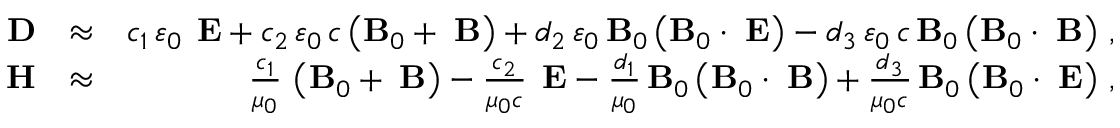
\begin{array} { r l r } { { \bf D } } & { \approx } & { c _ { 1 } \, \varepsilon _ { 0 } \, { \bf \delta E } + c _ { 2 } \, \varepsilon _ { 0 } \, c \left( { \bf B } _ { 0 } + { \bf \delta B } \right) + d _ { 2 } \, \varepsilon _ { 0 } \, { \bf B } _ { 0 } \left( { \bf B } _ { 0 } \cdot { \bf \delta E } \right) - d _ { 3 } \, \varepsilon _ { 0 } \, c \, { \bf B } _ { 0 } \left( { \bf B } _ { 0 } \cdot { \bf \delta B } \right) \, , } \\ { { \bf H } } & { \approx } & { \frac { c _ { 1 } } { \mu _ { 0 } } \, \left( { \bf B } _ { 0 } + { \bf \delta B } \right) - \frac { c _ { 2 } } { \mu _ { 0 } c } \, { \bf \delta E } - \frac { d _ { 1 } } { \mu _ { 0 } } \, { \bf B } _ { 0 } \left( { \bf B } _ { 0 } \cdot { \bf \delta B } \right) + \frac { d _ { 3 } } { \mu _ { 0 } c } \, { \bf B } _ { 0 } \left( { \bf B } _ { 0 } \cdot { \bf \delta E } \right) \, , } \end{array}